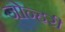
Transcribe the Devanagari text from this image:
जोन्हरी